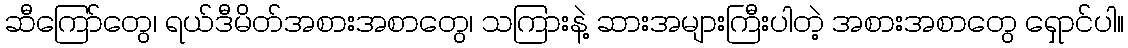
ဆီကြော်တွေ၊ ရယ်ဒီမိတ်အစားအစာတွေ၊ သကြားနဲ့ ဆားအများကြီးပါတဲ့ အစားအစာတွေ ရှောင်ပါ။